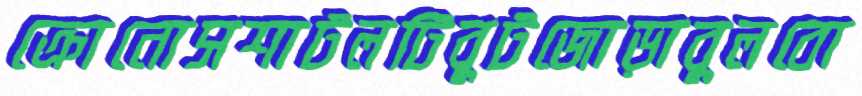
ক্রোনোসশাটলটিবুটজোড়াবুলবো